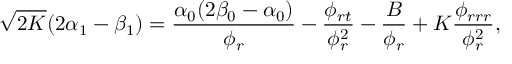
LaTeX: \sqrt { 2 K } ( 2 \alpha _ { 1 } - \beta _ { 1 } ) = \frac { \alpha _ { 0 } ( 2 \beta _ { 0 } - \alpha _ { 0 } ) } { \phi _ { r } } - \frac { \phi _ { r t } } { \phi _ { r } ^ { 2 } } - \frac { B } { \phi _ { r } } + K \frac { \phi _ { r r r } } { \phi _ { r } ^ { 2 } } ,